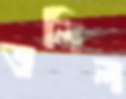
ডলিল